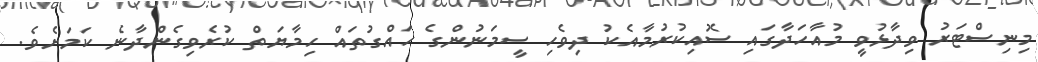
މިނިސްޓަރު ވިދާޅުވީ މުއާހަދާގައި ސޮއިކުރުމާއެކު ދިވެހި ސީމަނުންގެ ހައްގުތައް ހިމާޔަތް ކުރެވިގެންދާނެ ކަމަށެވެ.